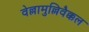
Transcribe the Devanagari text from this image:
वेल्लामुल्लिवैक्कल